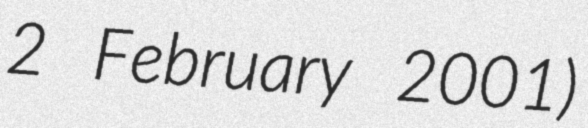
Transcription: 2 February 2001)